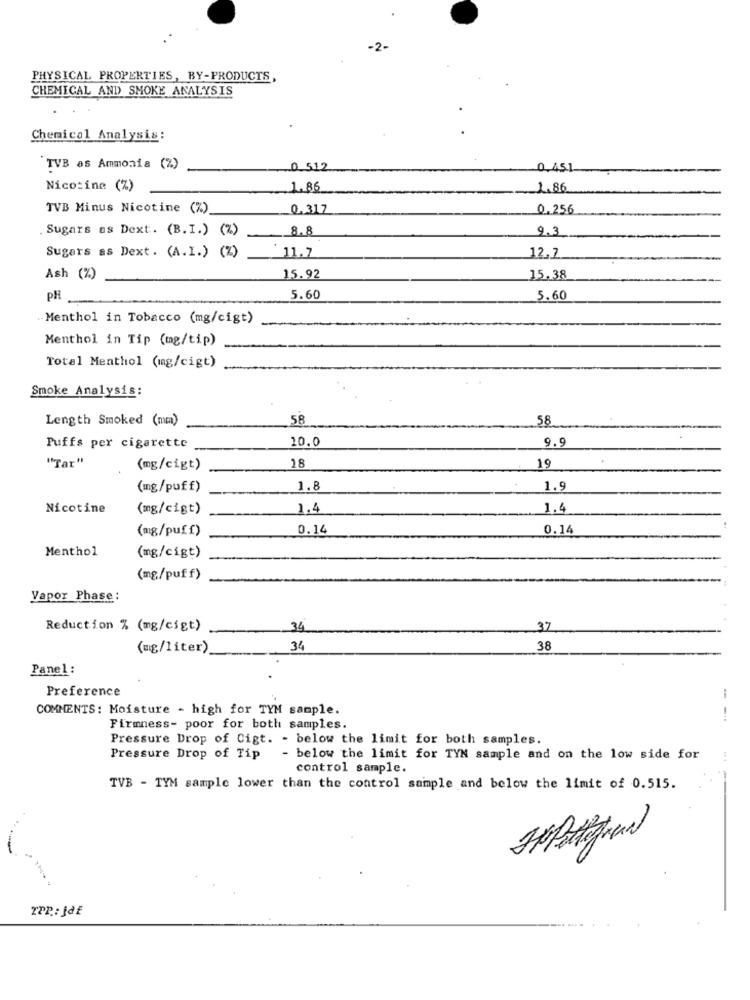
PHYSICAL PROPERTIES, BY-PRODUCTS,
CHEMICAL AND SMOKE ANALYSIS
Chemical Analysis:
TVB as Ammonia (%)
0 512
0.45.1.
Nicotine (%)
1.86
1.86
TVB Minus Nicotine (%)
0.317
0.256
Sugars as Dext. (B.I.) (%)
8.8
9.3
11.7
12.7
Sugars as Dext. (A.I.) (%)
Ash (%)
15.92
15.38
PH
5.60
5.60
-Menthol in Tobacco (mg/cigt)
Menthol in Tip (mg/tip)
Total Menthol (mg/cigt)
Smoke Analysis:
Length Smoked (mm)
58
58
10.0
9.9
Puffs per cigarette
"Tar"
28
(mg/cigt)
19
(mg/puff)
1.8
1.9
Nicotine
(mg/cigt)
1.4
1.4
(mg/puff)
0.14
0.14
Menthol
(mg/cigt)
(mg/puff)
Vapor Phase :
Reduction % (mg/cigt)
34
37
(mg/liter)
34
38
Panel :
Preference
COMMENTS: Moisture - high for TYM sample.
Firmness- poor for both samples.
Pressure Drop of Cigt. - below the limit for both samples.
Pressure Drop of Tip
- below the limit for TYN sample and on the low side for
control sample.
TVB - TYM sample lower than the control sample and below the limit of 0.515.